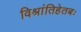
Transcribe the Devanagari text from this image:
विश्रांतिहेतबः